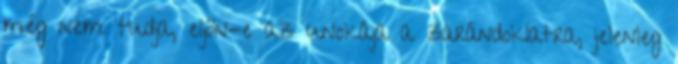
még nem tudja, eljön-e az unokája a zarándoklatra, jelenleg